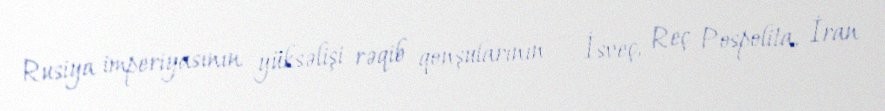
Rusiya imperiyasının yüksəlişi rəqib qonşularının — İsveç, Reç Pospolita, İran